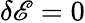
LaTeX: \delta\mathscr{E}=0